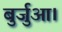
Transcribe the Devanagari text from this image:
बुर्जुआ।